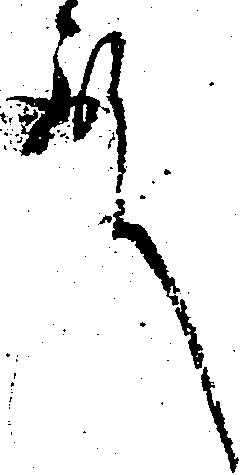
殿